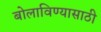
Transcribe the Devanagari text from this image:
बोलाविण्यासाठी